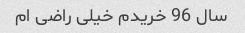
سال 96 خریدم خیلی راضی ام